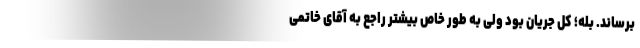
برساند. بله؛ کل جریان بود ولی به طور خاص بیشتر راجع به آقای خاتمی